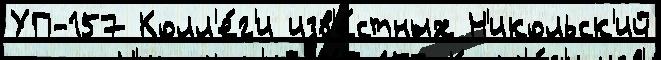
УП-157 Колл'е́г'и изв'е́стных Н'икольск'ий